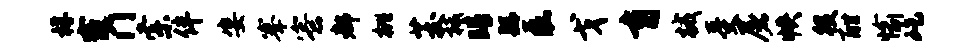
桴窿门索伴姿搴寮都桃茭柢睛繇磊戈育械受屠帙役酣愉屹